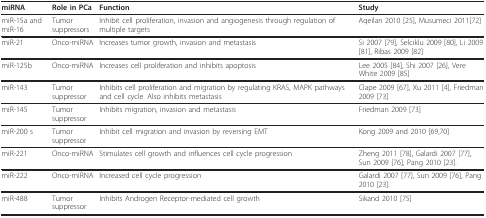
<table><thead><tr><td><b>miRNA</b></td><td><b>Role in PCa</b></td><td><b>Function</b></td><td><b>Study</b></td></tr></thead><tbody><tr><td>miR-15a and miR-16</td><td>Tumor suppressors</td><td>Inhibit cell proliferation, invasion and angiogenesis through regulation of multiple targets</td><td>Aqeilan 2010 [25], Musumeci 2011[72]</td></tr><tr><td>miR-21</td><td>Onco-miRNA</td><td>Increases tumor growth, invasion and metastasis</td><td>Si 2007 [79], Selciklu 2009 [80], Li 2009 [81], Ribas 2009 [82]</td></tr><tr><td>miR-125b</td><td>Onco-miRNA</td><td>Increases cell proliferation and inhibits apoptosis</td><td>Lee 2005 [84], Shi 2007 [26], Vere White 2009 [85]</td></tr><tr><td>miR-143</td><td>Tumor suppressor</td><td>Inhibits cell proliferation and migration by regulating KRAS, MAPK pathways and cell cycle. Also inhibits metastasis</td><td>Clape 2009 [67], Xu 2011 [4], Friedman 2009 [73]</td></tr><tr><td>miR-145</td><td>Tumor suppressor</td><td>Inhibits migration, invasion and metastasis</td><td>Friedman 2009 [73]</td></tr><tr><td>miR-200 s</td><td>Tumor suppressor</td><td>Inhibit cell migration and invasion by reversing EMT</td><td>Kong 2009 and 2010 [69,70]</td></tr><tr><td>miR-221</td><td>Onco-miRNA</td><td>Stimulates cell growth and influences cell cycle progression</td><td>Zheng 2011 [78], Galardi 2007 [77], Sun 2009 [76], Pang 2010 [23].</td></tr><tr><td>miR-222</td><td>Onco-miRNA</td><td>Increased cell cycle progression</td><td>Galardi 2007 [77], Sun 2009 [76], Pang 2010 [23].</td></tr><tr><td>miR-488</td><td>Tumor suppressor</td><td>Inhibits Androgen Receptor-mediated cell growth</td><td>Sikand 2010 [75]</td></tr></tbody></table>